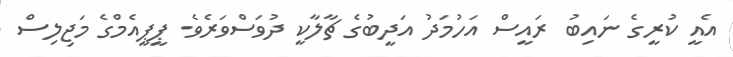
އެއީ ކުރީގެ ނައިބު ރައީސް އަހުމަދު އަދީބުގެ ޗާލާކީ ދުވަސްވަރެވެ. ޕީޕީއެމްގެ މަޖިލިސް